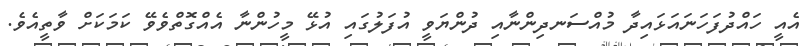
އެއީ ހައްދުފަހަނައަޅައިދާ މުއްސަނދިންނާއި ދުންޔަވީ އުފަލުގައި އުޅޭ މީހުންނާ އެއްގޮތްވެވޭ ކަމަކަށް ވާތީއެވެ.